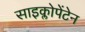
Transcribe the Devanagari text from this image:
साइक्लोपेंटेन